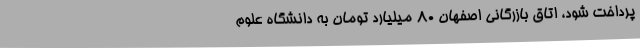
پرداخت شود، اتاق بازرگانی اصفهان 80 میلیارد تومان به دانشگاه علوم